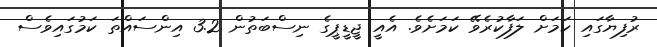
ރުފިޔާގައި ކަމަށް ލަފާކުރެވޭ ކަމަށެވެ. އެއީ ޖީޑީޕީގެ ނިސްބަތުން 3.2 އިންސައްތަ ކަމުގައިވެސް